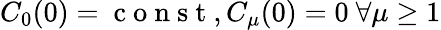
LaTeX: C_{0}(0)=\mathrm{~c~o~n~s~t~},C_{\mu}(0)=0\ \forall\mu\geq 1